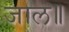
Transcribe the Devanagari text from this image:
जाल॥